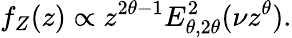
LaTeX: f_{Z}(z)\propto z^{2\theta-1}E_{\theta,2\theta}^{2}(\nu z^{\theta}).